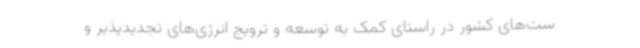
ست‌های کشور در راستای کمک به توسعه و ترویج انرژی‌های تجدیدپذیر و